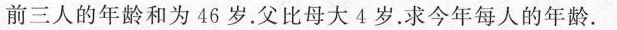
前三人的年龄和为46岁。父比母大4岁。求今年每人的年龄。